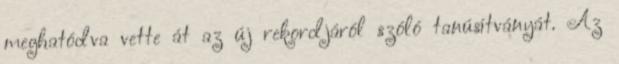
meghatódva vette át az új rekordjáról szóló tanúsítványát. Az